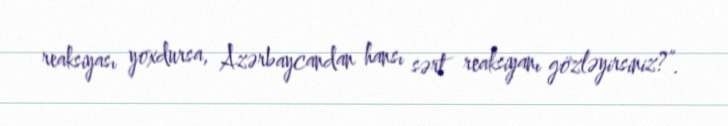
reaksiyası yoxdursa, Azərbaycandan hansı sərt reaksiyanı gözləyirsiniz?”.